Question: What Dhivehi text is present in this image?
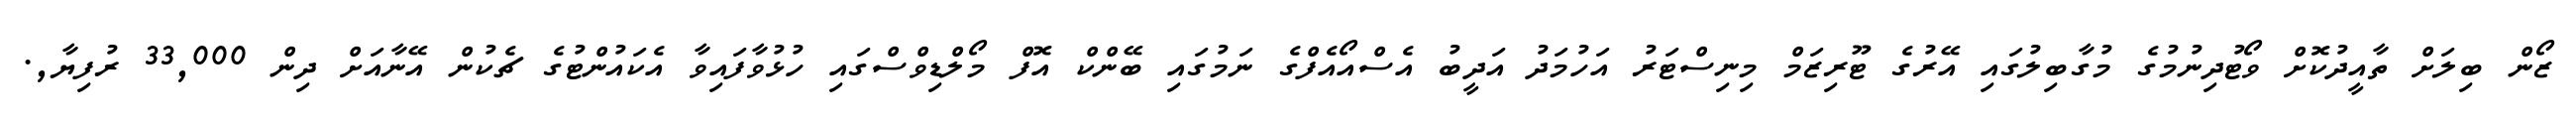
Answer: ޒޯން ބިލަށް ތާއީދުކޮށް ވޯޓުދިނުމުގެ މުގާބިލުގައި އޭރުގެ ޓޫރިޒަމް މިނިސްޓަރު އަހުމަދު އަދީބު އެސްއޯއެފްގެ ނަމުގައި ބޭންކް އޮފް މޯލްޑިވްސްގައި ހުޅުވާފައިވާ އެކައުންޓުގެ ޗެކުން އޭނާއަށް ދިން 33,000 ރުފިޔާ,.